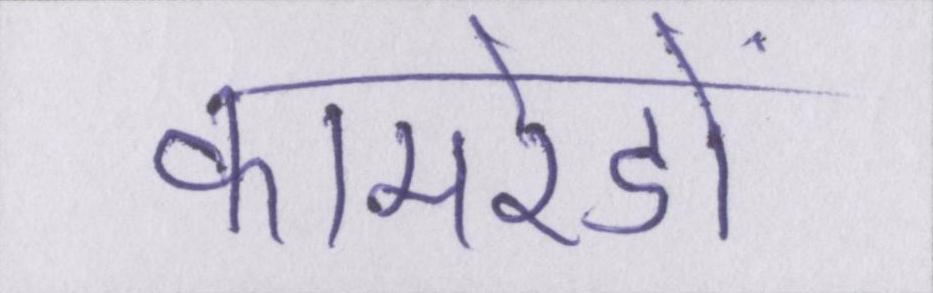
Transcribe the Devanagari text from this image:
कामरेडों